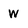
Character: W